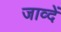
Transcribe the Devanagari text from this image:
जाव्दें